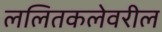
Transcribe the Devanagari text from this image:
ललितकलेवरील